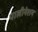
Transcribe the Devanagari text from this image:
पालीनेशन